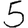
Digit: 5